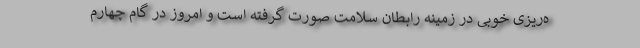
ه‌ریزی خوبی در زمینه رابطان سلامت صورت گرفته است و امروز در گام چهارم